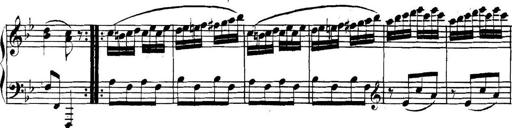
Title: Collected Piano Sonatas
Composer: Muzio Clementi